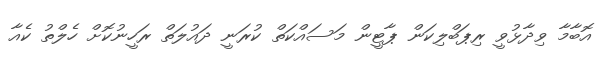
އޮބާމާ ވިދާޅުވީ ރިޕަބްލިކަން ޕާޓީން މަސައްކަތް ކުރަނީ ދައުލަތް ރަހީނުކޮށް ހެލްތު ކެއާ